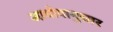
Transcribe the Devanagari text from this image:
आयोगानुसार